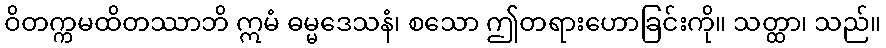
ဝိတက္ကမထိတဿာဘိ ဣမံ ဓမ္မဒေသနံ၊ စသော ဤတရားဟောခြင်းကို။ သတ္ထာ၊ သည်။